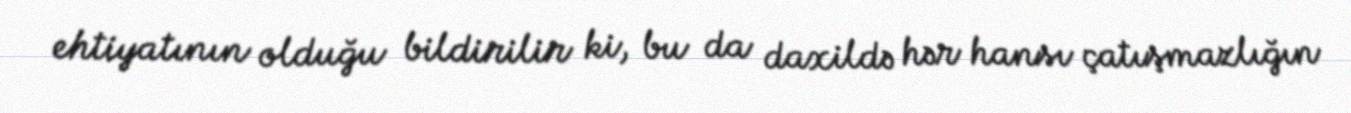
ehtiyatının olduğu bildirilir ki, bu da daxildə hər hansı çatışmazlığın